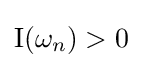
\operatorname {I} (\omega _{n})>0